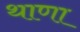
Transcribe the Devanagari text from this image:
थाणा